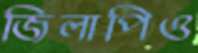
জিলাপিও